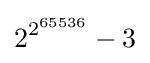
{2^{2^{65536}}}-3